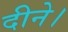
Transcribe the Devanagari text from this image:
दीने।